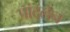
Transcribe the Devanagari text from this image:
पांटलेन